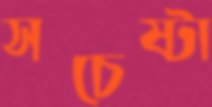
সচেষ্টা